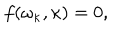
f ( \omega _ { \kappa } , \kappa ) = 0 ,